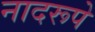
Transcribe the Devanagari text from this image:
नादरूपे